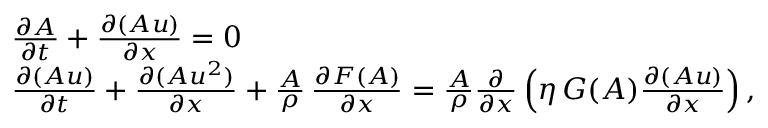
\begin{array} { r l } & { \frac { \partial A } { \partial t } + \frac { \partial ( A u ) } { \partial x } = 0 } \\ & { \frac { \partial ( A u ) } { \partial t } + \frac { \partial ( A u ^ { 2 } ) } { \partial x } + \frac { A } { \rho } \, \frac { \partial F ( A ) } { \partial x } = \frac { A } { \rho } \frac { \partial } { \partial x } \left( \eta \, G ( A ) \frac { \partial ( A u ) } { \partial x } \right) , } \end{array}